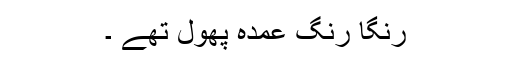
رنگا رنگ عمدہ پھول تھے ۔